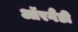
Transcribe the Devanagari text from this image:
ऑरगैंडी